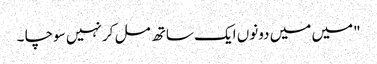
"میں میں دونوں ایک ساتھ مل کر نہیں سوچا ۔